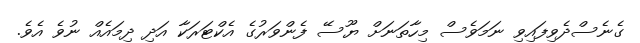
ގެނެސްދެވިފައިވި ނަމަވެސް މިހާތަނަށް ޔޫސޭ ފެންވަރުގެ އެކްޓަރަކާ އަދި ދިމައެއް ނުވެ އެވެ.